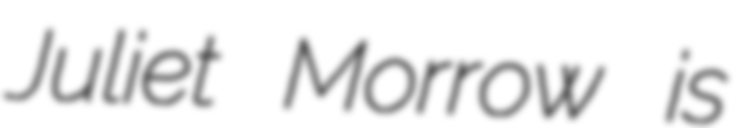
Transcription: Juliet Morrow is